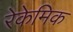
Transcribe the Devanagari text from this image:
रेकेमिक